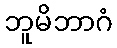
ဘူမိဘာဂံ